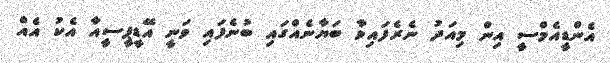
އެންޑީއެމްސީ އިން މިއަދު ނެރެފައިވާ ބަޔާނެއްގައި ބުނެފައި ވަނީ އޭޑީޕީސީއާ އެކު އެއް